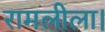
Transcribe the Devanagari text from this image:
रामलीला।